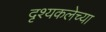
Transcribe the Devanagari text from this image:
दृश्यकलेच्या